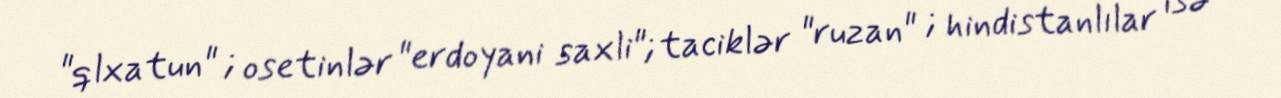
"qlxatun" ; osetinlər "erdoyani saxli"; taciklər "ruzan" ; hindistanlılar isə